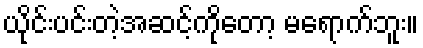
ယိုင်းပင်းတဲ့အဆင့်ကိုတော့ မရောက်ဘူး။